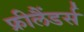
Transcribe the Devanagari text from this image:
फ्रीलैंडर्स